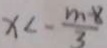
x < - \frac { m - 8 } { 3 }